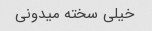
خیلی سخته میدونی